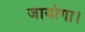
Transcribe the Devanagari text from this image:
जायोगा।